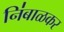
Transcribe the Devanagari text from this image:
नि॑बाळकर